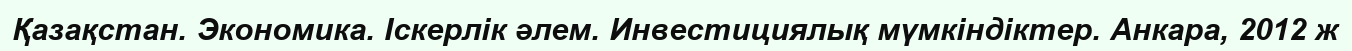
Қазақстан. Экономика. Іскерлік әлем. Инвестициялық мүмкіндіктер. Анкара, 2012 ж